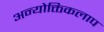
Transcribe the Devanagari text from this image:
अन्योक्तिकलाप